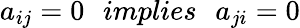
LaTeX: a_{ij}=0\: \: \: implies\: \: \: a_{ji}=0